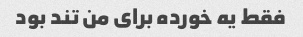
فقط یه خورده برای من تند بود